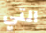
التي